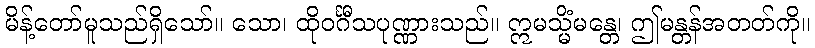
မိန့်တော်မူသည်ရှိသော်။ သော၊ ထိုဝင်္ဂီသပုဏ္ဏားသည်။ ဣမသ္မိံမန္တေ၊ ဤမန္တန်အတတ်ကို။